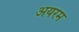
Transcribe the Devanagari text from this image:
अयरम